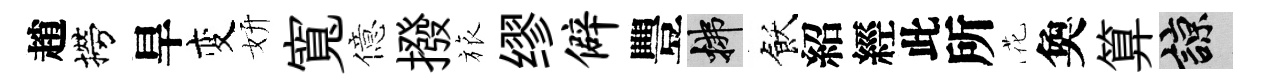
趙撈旱变妍寬億撥旅缪僻豐拂飫紹經此所花奐算諒